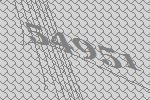
54951